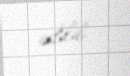
edilib.